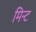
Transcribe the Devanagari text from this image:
मिन्‍ट